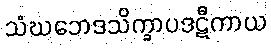
သံဃဘေဒသိက္ခာပဒဋီကာယ